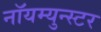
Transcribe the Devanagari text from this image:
नॉयम्युन्स्टर